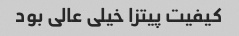
کیفیت پیتزا خیلی عالی بود